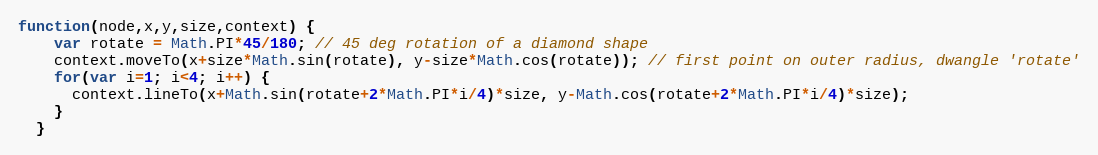
Language: JavaScript
function(node,x,y,size,context) {
    var rotate = Math.PI*45/180; // 45 deg rotation of a diamond shape
    context.moveTo(x+size*Math.sin(rotate), y-size*Math.cos(rotate)); // first point on outer radius, dwangle 'rotate'
    for(var i=1; i<4; i++) {
      context.lineTo(x+Math.sin(rotate+2*Math.PI*i/4)*size, y-Math.cos(rotate+2*Math.PI*i/4)*size);
    }
  }